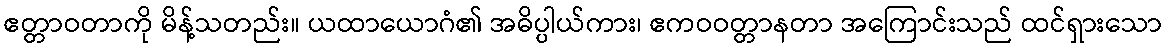
ဧတ္တာဝတာကို မိန့်သတည်း။ ယထာယောဂံ၏ အဓိပ္ပါယ်ကား၊ ဧကဝဝတ္တာနတာ အကြောင်းသည် ထင်ရှားသော